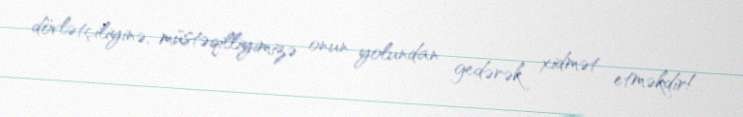
dövlətçiliyinə, müstəqilliyimizə onun yolundan gedərək xidmət etməkdir!.